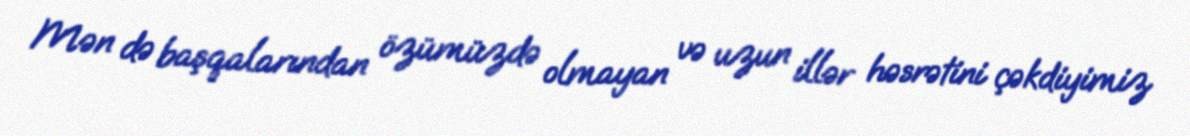
Mən də başqalarından özümüzdə olmayan və uzun illər həsrətini çəkdiyimiz